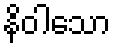
နိဝါသော